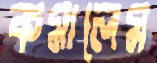
কমালেম